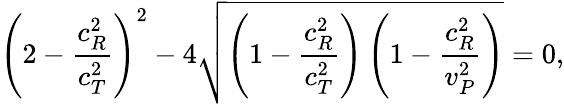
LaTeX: \left(2-\frac{c_{R}^{2}}{c_{T}^{2}}\right)^{2}-4\sqrt{\left(1-\frac{c_{R}^{2}}{c_{T}^{2}}\right)\left(1-\frac{c_{R}^{2}}{v_{P}^{2}}\right)}=0,